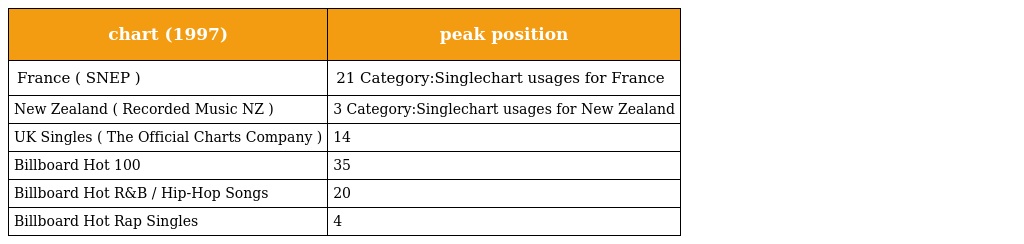
| chart (1997) | peak position |
 | --- | --- |
 | France ( SNEP ) | 21 Category:Singlechart usages for France |
 | New Zealand ( Recorded Music NZ ) | 3 Category:Singlechart usages for New Zealand |
 | UK Singles ( The Official Charts Company ) | 14 |
 | Billboard Hot 100 | 35 |
 | Billboard Hot R&B / Hip-Hop Songs | 20 |
 | Billboard Hot Rap Singles | 4 |